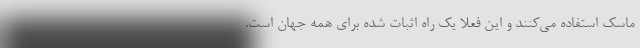
ماسک استفاده می‌کنند و این فعلا یک راه اثبات شده برای همه جهان است.